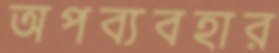
অপব্যবহার